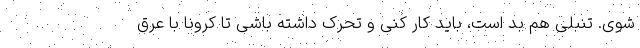
شوی. تنبلی هم بد است، باید کار کنی و تحرک داشته باشی تا کرونا با عرق